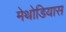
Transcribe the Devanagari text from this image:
मेथोडियास